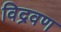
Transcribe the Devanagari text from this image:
विद्रवण